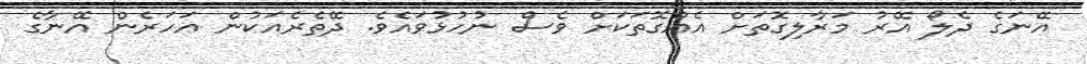
އޭނަގެ ދެލޯ އޭރު މަރާލިގޮތަށް އެއްގޮތަކަށް ވެސް ނުހުޅުވައެވެ. ދޭތެރެއަކުން އަހަރެން އޭނާގެ